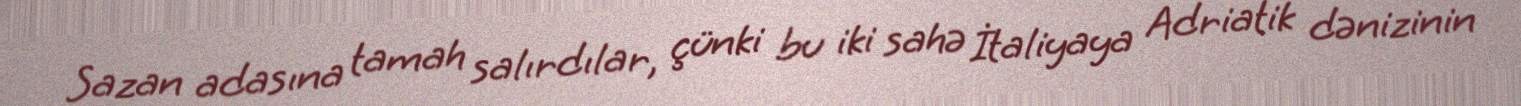
Sazan adasına tamah salırdılar, çünki bu iki sahə İtaliyaya Adriatik dənizinin